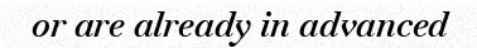
or are already in advanced